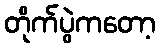
တိုက်ပွဲကတော့